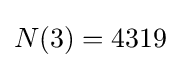
N(3)=4319